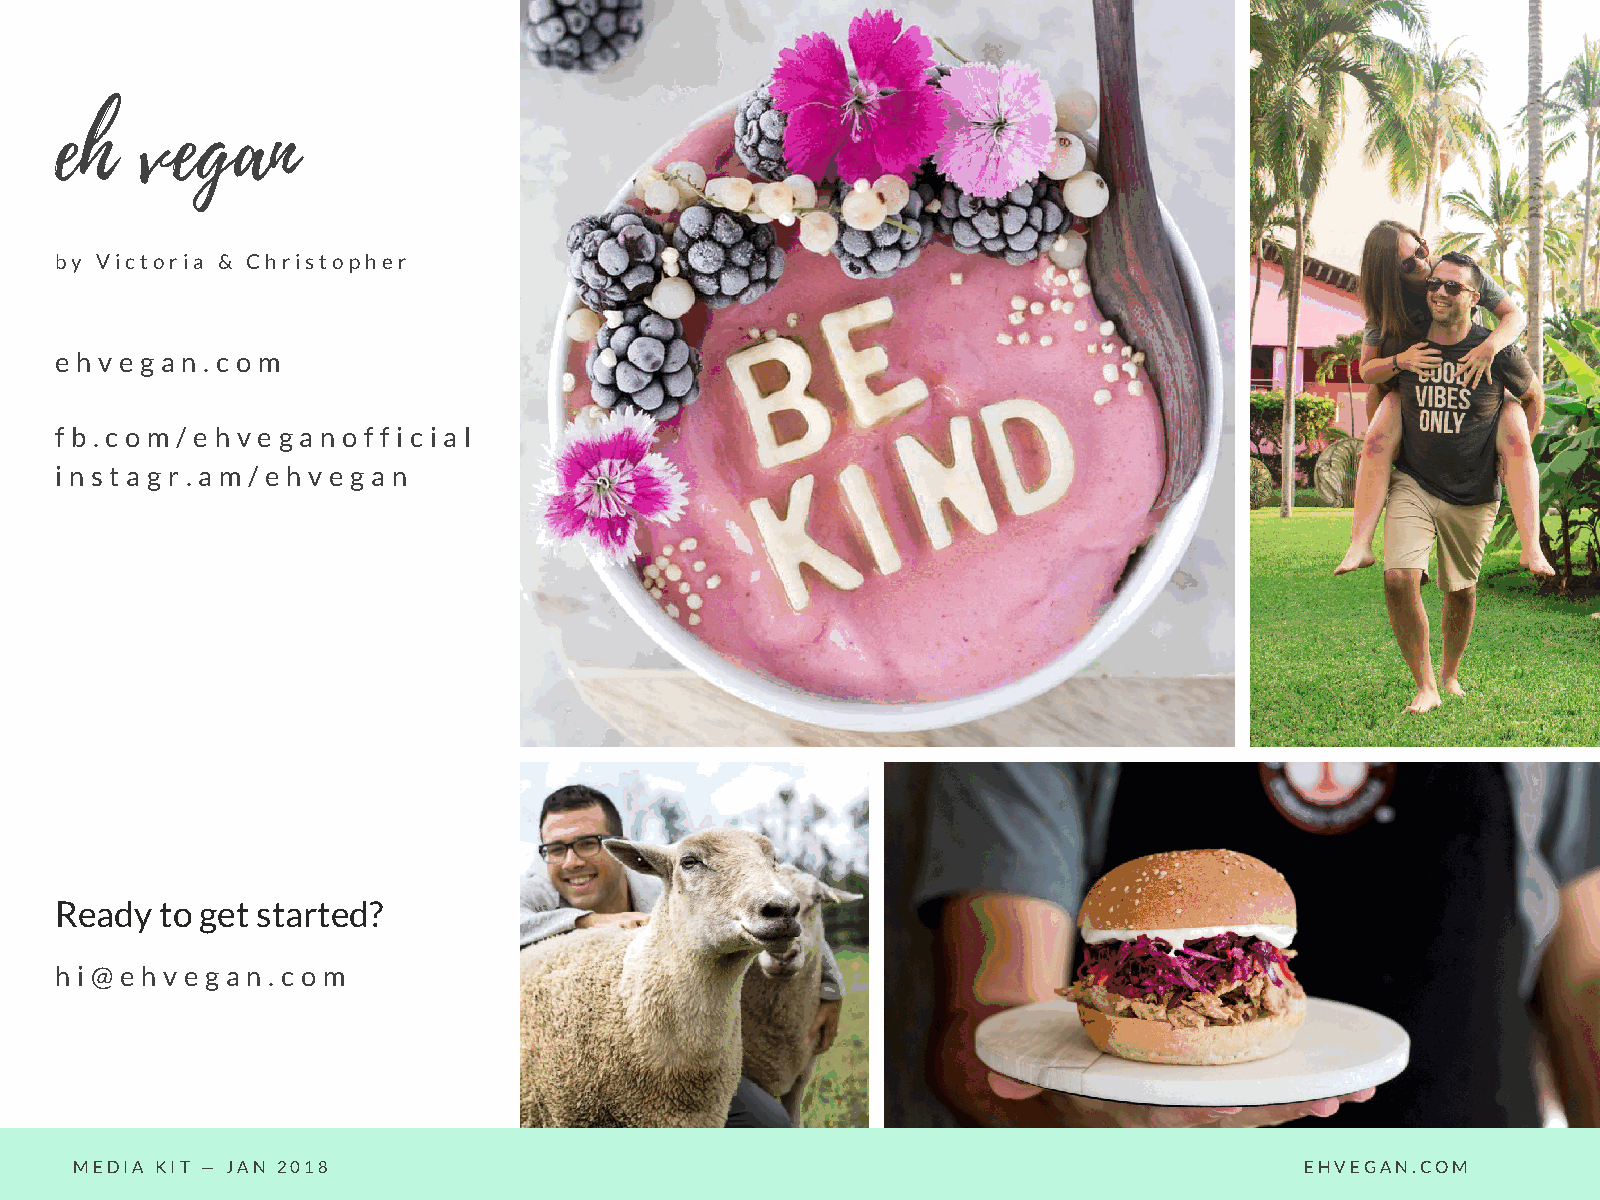
eh   vegan
 by Victoria & Christopher
 e h v e g a n . c o m
 f b . c o m / e h v e g a n o f f i c i a l
 i n s t a g r . a m / e h v e g a n
 Ready  to get started?
 h i @ e h v e g a n . c o m
 MEDIA KIT — JAN 2018                                                             EHVEGAN.COM